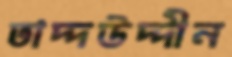
তাদ্দউদ্দীন